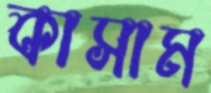
কাসাম